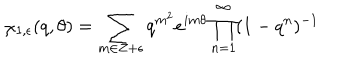
\chi _ { 1 , \epsilon } ( q , \theta ) = \sum _ { m \in Z + \epsilon } q ^ { m ^ { 2 } } e ^ { i m \theta } \prod _ { n = 1 } ^ { \infty } ( 1 - q ^ { n } ) ^ { - 1 }